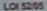
LOI32/65